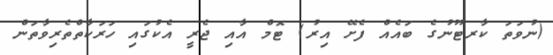
(ނުވަތަ ކާރޓޫނުގެ ބައެއް ފެށޭ އިރު) ޓޮމް އާއި ޖެރީ އެކުގައި ހަރަކާތްތެރިވާތަން